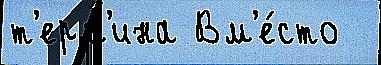
т'ерм'ина Вм'е́сто